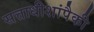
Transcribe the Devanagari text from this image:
सत्ताधीशांपैकी